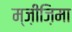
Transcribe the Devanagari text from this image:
म्ज़ीज़िमा